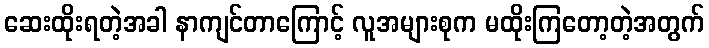
ဆေးထိုးရတဲ့အခါ နာကျင်တာကြောင့် လူအများစုက မထိုးကြတော့တဲ့အတွက်